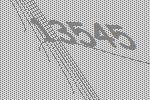
13545